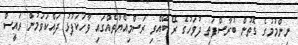
ނިންމުމުގެ ގޮތުން ބުރާސްފަތި ދުވަހުގެ ރޭ ބޭއްވި ރަސްމިއްޔާތެއްގައި ވާހަކަފުޅު ދައްކަވަމުން ރައީސް